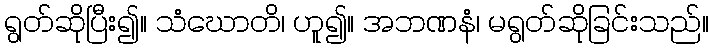
ရွတ်ဆိုပြီး၍။ သံဃောတိ၊ ဟူ၍။ အဘဏနံ၊ မရွတ်ဆိုခြင်းသည်။